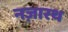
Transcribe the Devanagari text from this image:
नज़ारथ